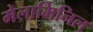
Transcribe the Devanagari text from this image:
मेलामिनिल